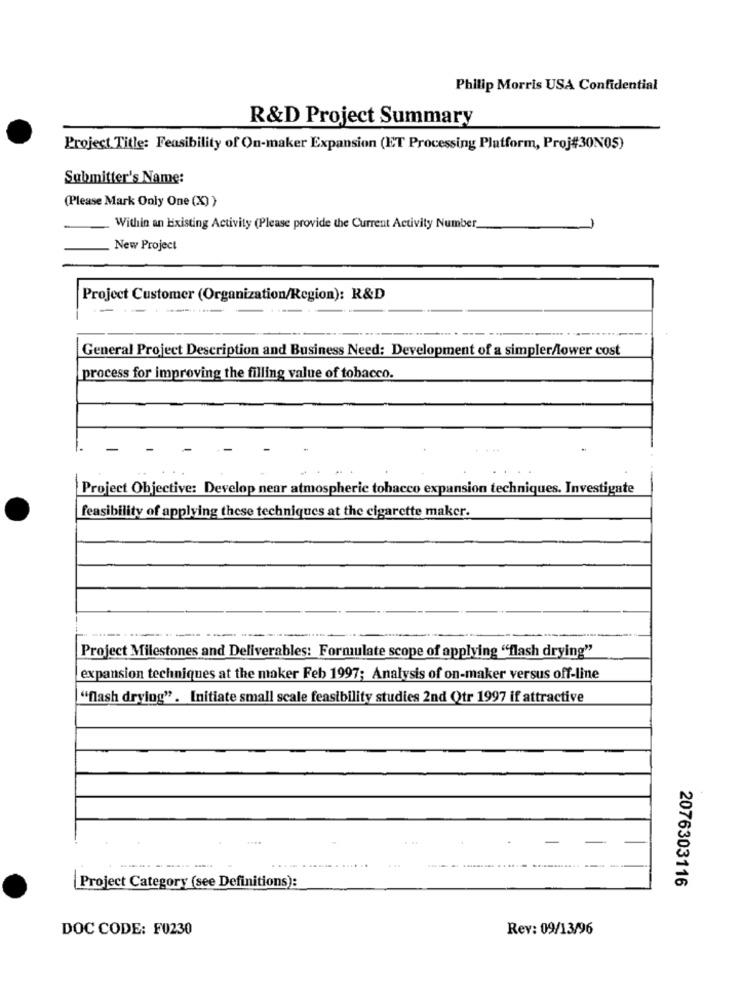
Philip Morris USA Confidential
R&D Project Summary
Project Title: Feasibility of On-maker Expansion (ET Processing Platform, Proj#30N05)
Submitter's Name:
(Please Mark Only One (X) }
Within an Existing Activity (Please provide the Current Activity Number
New Project
Project Customer (Organization/Region): R&D
.-
General Project Description and Business Need: Development of a simpler/lower cost
process for improving the filling value of tobacco.
Project Objective: Develop near atmospheric tobacco expansion techniques. Investigate
feasibility of applying these techniques at the cigarette maker.
Project Milestones and Deliverables: Formulate scope of applying "flash drying"
expansion techniques at the maker Feb 1997; Analysis of on-maker versus off-line
"flash drying" . Initiate small scale feasibility studies 2nd Qtr 1997 if attractive
-
----
2076303116
Project Category (see Definitions):
DOC CODE: F0230
Rev: 09/13/96